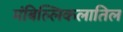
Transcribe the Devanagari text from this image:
मंबिल्लिकलातिल